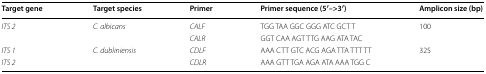
<table><thead><tr><td><b>Target gene</b></td><td><b>Target species</b></td><td><b>Primer</b></td><td><b>Primer sequence (5′–&gt;3′)</b></td><td><b>Amplicon size (bp)</b></td></tr></thead><tbody><tr><td rowspan="2"><i>ITS 2</i></td><td rowspan="2"><i>C. albicans</i></td><td><i>CALF</i></td><td>TGG TAA GGC GGG ATC GCT T</td><td rowspan="2">100</td></tr><tr><td><i>CALR</i></td><td>GGT CAA AGT TTG AAG ATA TAC</td></tr><tr><td><i>ITS 1</i></td><td rowspan="2"><i>C. dubliniensis</i></td><td><i>CDLF</i></td><td>AAA CTT GTC ACG AGA TTA TTT TT</td><td rowspan="2">325</td></tr><tr><td><i>ITS 2</i></td><td><i>CDLR</i></td><td>AAA GTT TGA AGA ATA AAA TGG C</td></tr></tbody></table>